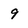
Character: 9